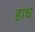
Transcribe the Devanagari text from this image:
हाध